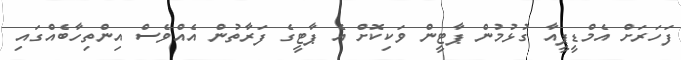
ފަހަރަށް އެމްޑީޕީއާ ގުޅުމުން ޕާޓީން ވަކިކޮށް އެ ޕާޓީގެ ފަރާތުން އެއްވެސް އިންތިހާބެއްގައި